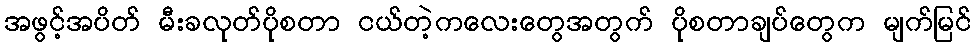
အဖွင့်အပိတ် မီးခလုတ်ပိုစတာ ငယ်တဲ့ကလေးတွေအတွက် ပိုစတာချပ်တွေက မျက်မြင်